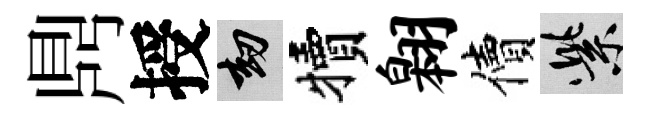
𪔂授劫犢翱價紫